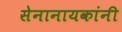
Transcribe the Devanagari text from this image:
सेनानायकांनी